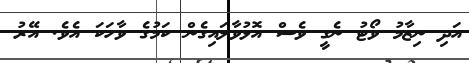
އަދި ނިޒާމު ވޯޓު ނެގީ ވެސް އޮޅުވާލައިގެން ކަމުގެ ވާހަކަ އެވެ. އޭރު